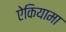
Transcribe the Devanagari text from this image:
ऐकियामा